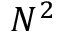
N ^ { 2 }